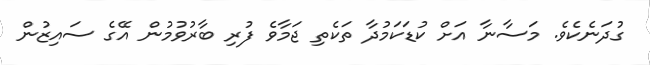
ގުދަނެކެވެ. މަސާނާ އަށް ކުޑަކަމުދާ ތަކެތި ޖަމާވެ ފުރި ބާރުވުމުން އޭގެ ސައިޒުން